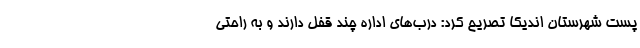
پست شهرستان اندیکا تصریح کرد: درب‌های اداره چند قفل دارند و به راحتی